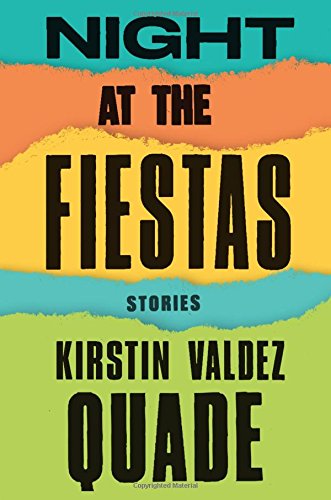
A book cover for Night at the Fiestas: Stories; Kirstin Valdez Quade; Literature & Fiction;